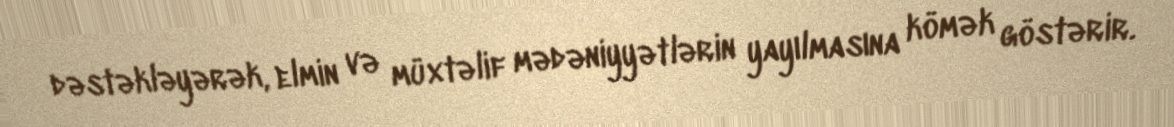
dəstəkləyərək, elmin və müxtəlif mədəniyyətlərin yayılmasına kömək göstərir.